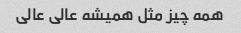
همه چیز مثل همیشه عالی عالی